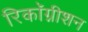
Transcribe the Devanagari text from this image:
रिकाॅग्नीशन